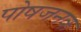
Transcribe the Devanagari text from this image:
पोषजनक